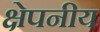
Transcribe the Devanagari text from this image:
क्षेपनीय